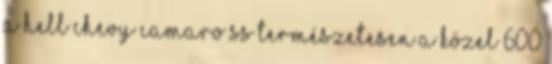
a Hell Chevy Camaro SS Természetesen a közel 600